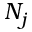
N _ { j }